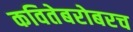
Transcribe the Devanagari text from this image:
कवितेबरोबरच